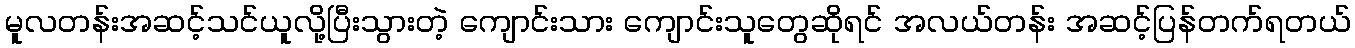
မူလတန်းအဆင့်သင်ယူလို့ပြီးသွားတဲ့ ကျောင်းသား ကျောင်းသူတွေဆိုရင် အလယ်တန်း အဆင့်ပြန်တက်ရတယ်